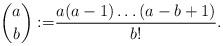
LaTeX: \begin{align*}\binom{a}{b} :=& \dfrac{a(a-1) \dotsc (a-b+1)}{b!}.\end{align*}